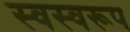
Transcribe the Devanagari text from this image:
स्वस्वरूप